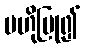
ဗဟိုပြု၍